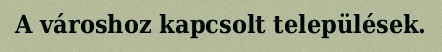
A városhoz kapcsolt települések.